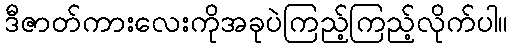
ဒီဇာတ်ကားလေးကိုအခုပဲကြည့်ကြည့်လိုက်ပါ။